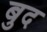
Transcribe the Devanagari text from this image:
बुद